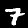
Digit: 7